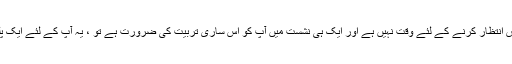
لیکن اگر آپ کے پاس انتظار کرنے کے لئے وقت نہیں ہے اور ایک ہی نشست میں آپ کو اس ساری تربیت کی ضرورت ہے تو ، یہ آپ کے لئے ایک پلس ثابت ہوسکتا ہے۔